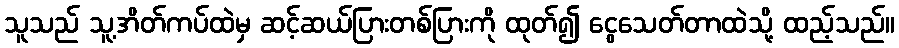
သူသည် သူ့အိတ်ကပ်ထဲမှ ဆင့်ဆယ်ပြားတစ်ပြားကို ထုတ်၍ ငွေသေတ်တာထဲသို့ ထည့်သည်။